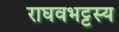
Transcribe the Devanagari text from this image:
राघवभट्टस्य